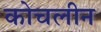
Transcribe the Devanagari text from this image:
कोचलीन